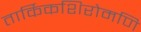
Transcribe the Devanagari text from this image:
तार्किकशिरोमणि